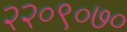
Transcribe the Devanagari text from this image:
२२०९०७०